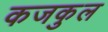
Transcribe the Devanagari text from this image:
कजकुल